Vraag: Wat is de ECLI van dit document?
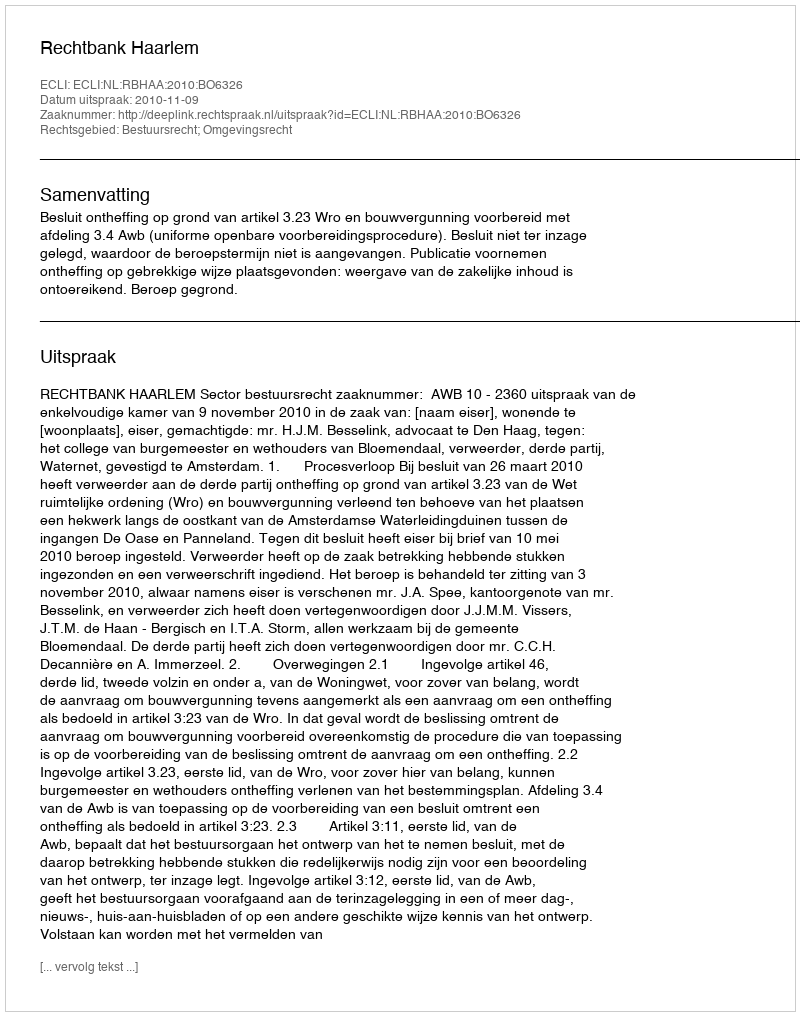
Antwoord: ECLI:NL:RBHAA:2010:BO6326